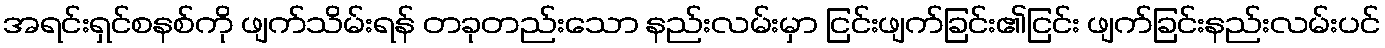
အရင်းရှင်စနစ်ကို ဖျက်သိမ်းရန် တခုတည်းသော နည်းလမ်းမှာ ငြင်းဖျက်ခြင်း၏ငြင်း ဖျက်ခြင်းနည်းလမ်းပင်